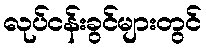
လုပ်ငန်းခွင်များတွင်